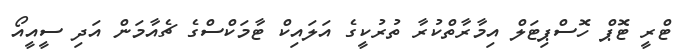
ޓްރީ ޓޮޕް ހޮސްޕިޓަލް އިމާރާތްކުރާ ތުރުކީގެ އަލައިކް ޓާމަކްސްގެ ޗެއާމަން އަދި ސީއީއޯ